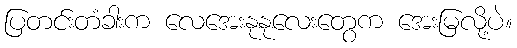
ပြတင်းတံခါးက လေအေးနုနုလေးတွေက အေးမြလို့ပဲ။